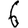
Digit: 6